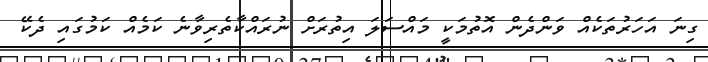
ގިނަ އަހަރުތަކެއް ވަންދެން އޮތުމަކީ މައްސަލަ އިތުރަށް ނުރައްކާތެރިވާނެ ކަމެއް ކަމުގައި ދެކޭ